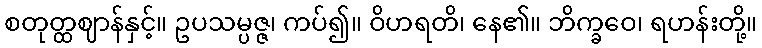
စတုတ္ထဈာန်နှင့်။ ဥပသမ္ပဇ္ဇ၊ ကပ်၍။ ဝိဟရတိ၊ နေ၏။ ဘိက္ခဝေ၊ ရဟန်းတို့။